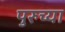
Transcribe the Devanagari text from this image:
पुरुच्या